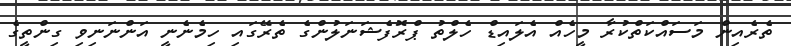
ތެރެއިން މަސައްކަތްކުރާ މީހެއް އެލައިޑް ހެލްތު ޕްރޮފެޝަނަލުންގެ ތެރޭގައި ހިމެނެނީ އަންނަނިވި ގިންތީގެ